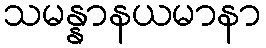
သမန္နာနယမာနာ